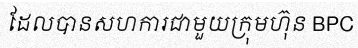
ដែលបានសហការជាមួយក្រុមហ៊ុន BPC